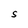
Character: S